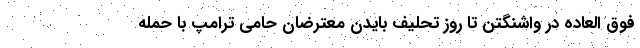
فوق العاده در واشنگتن تا روز تحلیف بایدن معترضان حامی ترامپ با حمله